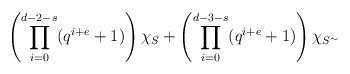
LaTeX: \begin{align*} \left(\prod_{i=0}^{d-2-s} (q^{i+e}+1) \right) \chi_S + \left(\prod_{i=0}^{d-3-s} (q^{i+e}+1) \right) \chi_{S^\sim} \end{align*}